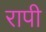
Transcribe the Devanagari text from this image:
रापी